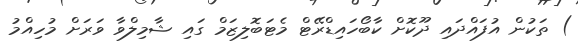
) ތަކުން އުފައްދައި ދޫކޮށް ކާބޯހައިޑްރޭޓް މެޓަބޮލިޒަމް ގައި ޝާމިލްވާ ވަރަށް މުހިއްމު